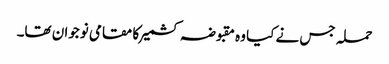
حملہ جس نے کیا وہ مقبوضہ کشمیر کا مقامی نوجوان تھا۔